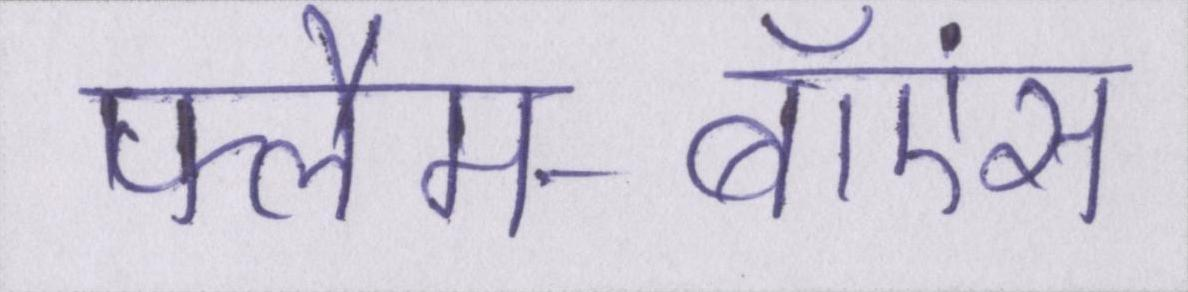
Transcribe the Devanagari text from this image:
फ्लैम-बॉएंस